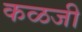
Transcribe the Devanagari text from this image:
कळजी